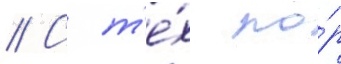
// С т'е́х по́р